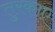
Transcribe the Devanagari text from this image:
तुरकाए